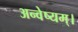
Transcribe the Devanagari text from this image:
अन्वेष्यम्।